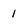
Character: 1